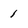
Character: 1